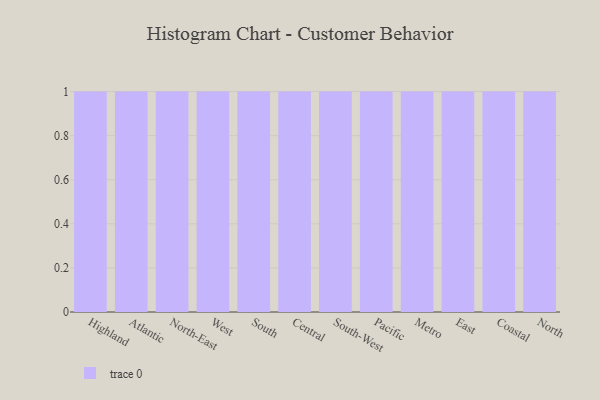
{"axis": {"x": "Region", "y": "LTV (USD)"}, "legend": [""], "data": [{"x": "Highland", "y": 35, "type": ""}, {"x": "Atlantic", "y": 100, "type": ""}, {"x": "North-East", "y": 88, "type": ""}, {"x": "West", "y": 87, "type": ""}, {"x": "South", "y": 43, "type": ""}, {"x": "Central", "y": 69, "type": ""}, {"x": "South-West", "y": 69, "type": ""}, {"x": "Pacific", "y": 67, "type": ""}, {"x": "Metro", "y": 51, "type": ""}, {"x": "East", "y": 57, "type": ""}, {"x": "Coastal", "y": 37, "type": ""}, {"x": "North", "y": 45, "type": ""}]}